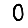
Digit: 0